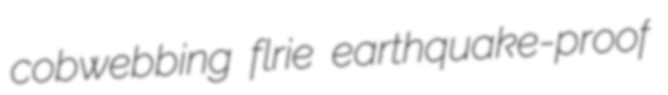
cobwebbing flrie earthquake-proof